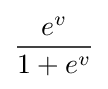
{\frac {e^{v}}{1+e^{v}}}